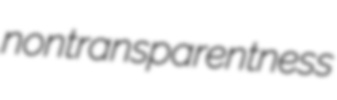
nontransparentness